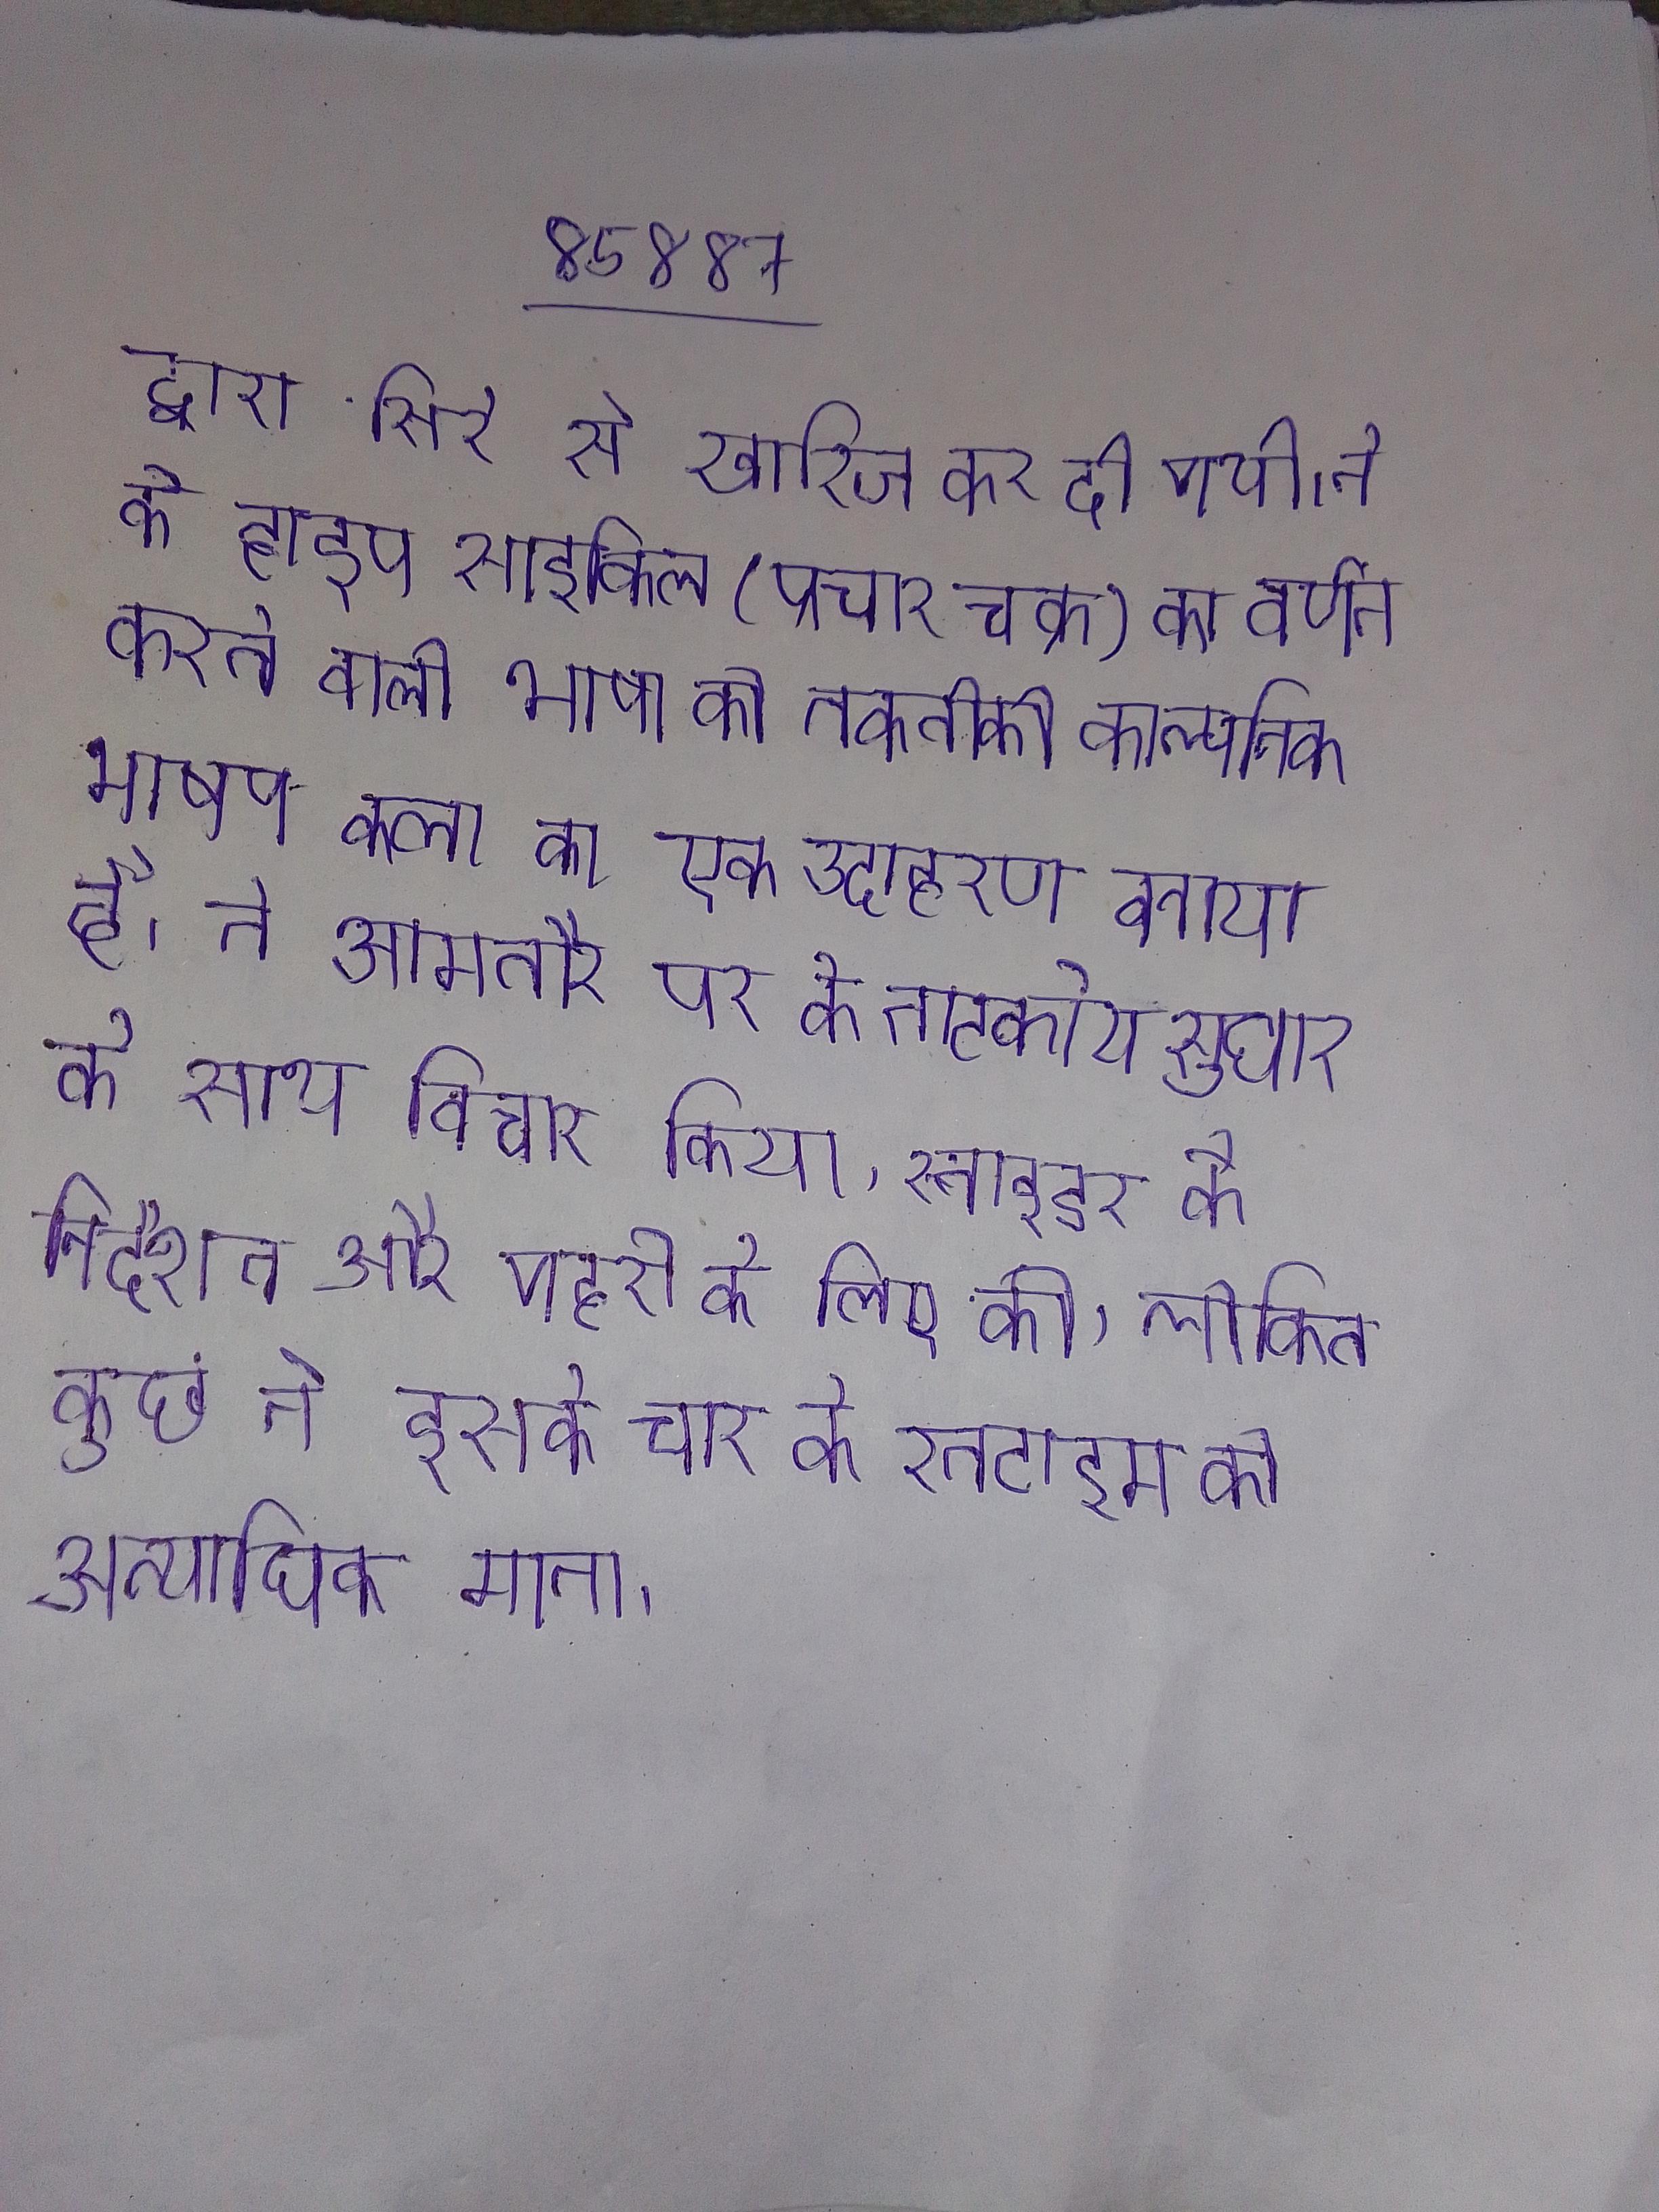
द्वारा सिरे से खारिज कर दी गयी । ने के हाइप साइकिल (प्रचार चक्र) का वर्णन करने वाली भाषा को तकनीकी काल्पनिक भाषण कला का एक उदाहरण बताया है । ने आमतौर पर के नाटकीय सुधार के साथ विचार किया, स्नाइडर के निर्देशन और गहरी के लिए की, लेकिन कुछ ने इसके चार के रनटाइम को अत्यधिक माना ।